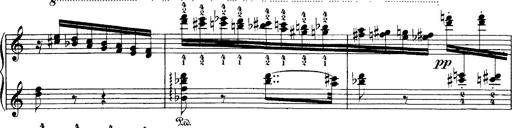
Title: Hungarian Rhapsody No.1
Composer: Franz Liszt
Key: C-sharp minor